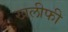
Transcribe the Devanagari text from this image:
खलीफी